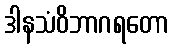
ဒါနသံဝိဘာဂရတော